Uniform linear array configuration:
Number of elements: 24
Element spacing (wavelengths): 1
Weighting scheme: hann
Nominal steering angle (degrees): -15
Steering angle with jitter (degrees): -13.019
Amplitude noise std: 0.05
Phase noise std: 0.05

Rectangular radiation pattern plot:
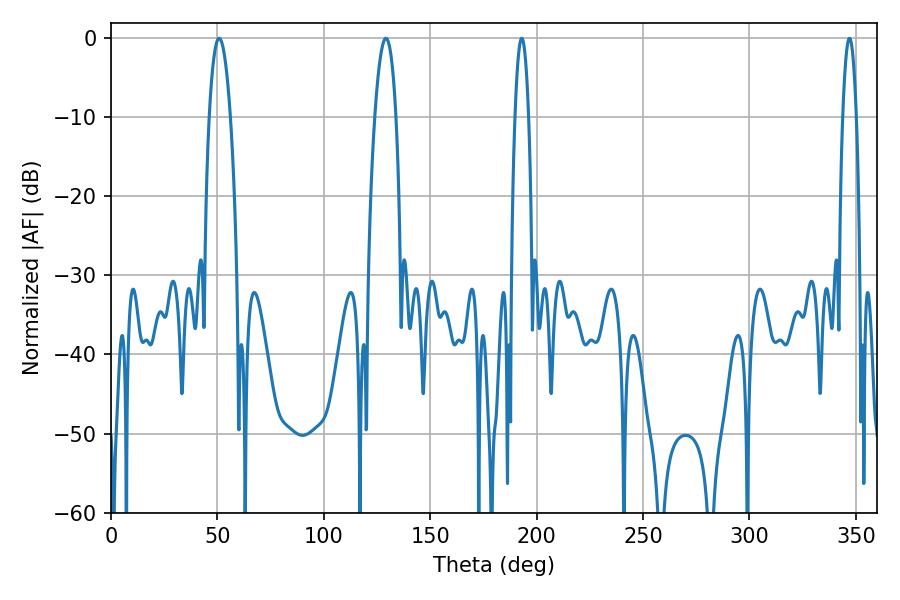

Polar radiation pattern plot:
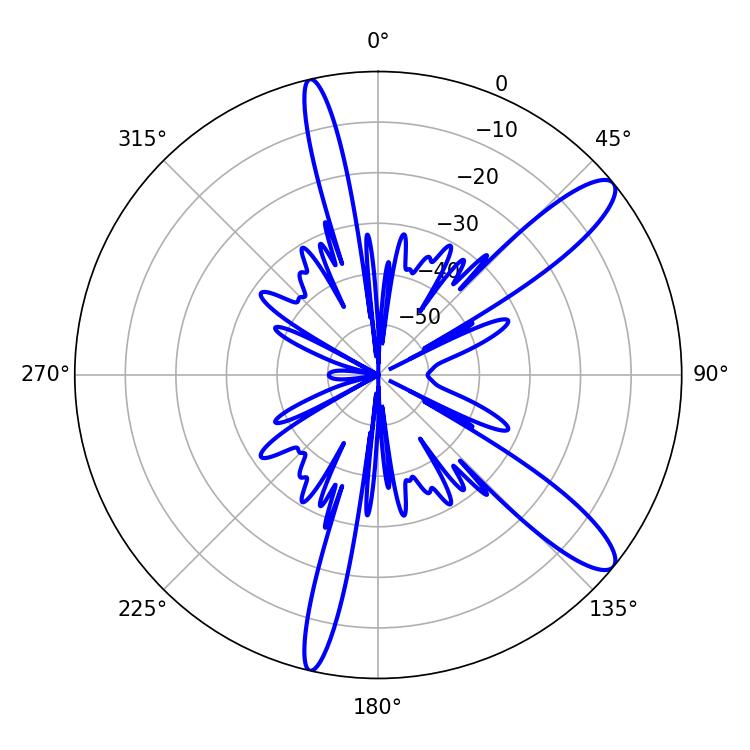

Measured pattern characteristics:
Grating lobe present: TRUE
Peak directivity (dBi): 11.844
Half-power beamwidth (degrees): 5.4
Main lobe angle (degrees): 50.76